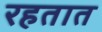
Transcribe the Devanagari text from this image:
रहतात